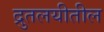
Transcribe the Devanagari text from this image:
द्रुतलयीतील